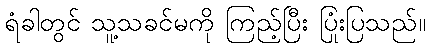
ရံခါတွင် သူ့သခင်မကို ကြည့်ပြီး ပြုံးပြသည်။